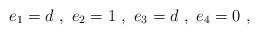
LaTeX: \begin{align*} e_1 = d~,~e_2 = 1~,~e_3 = d~,~ e_4 = 0~, \end{align*}